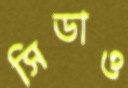
সিডাও